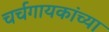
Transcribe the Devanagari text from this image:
चर्चगायकांच्या